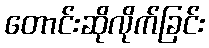
တောင်းဆိုလိုက်ခြင်း